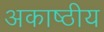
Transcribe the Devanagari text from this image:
अकाष्ठीय